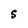
Character: S